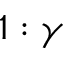
1 : \gamma